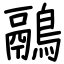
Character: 鷊